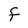
Character: f